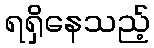
ရရှိနေသည့်